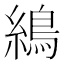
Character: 𦄋